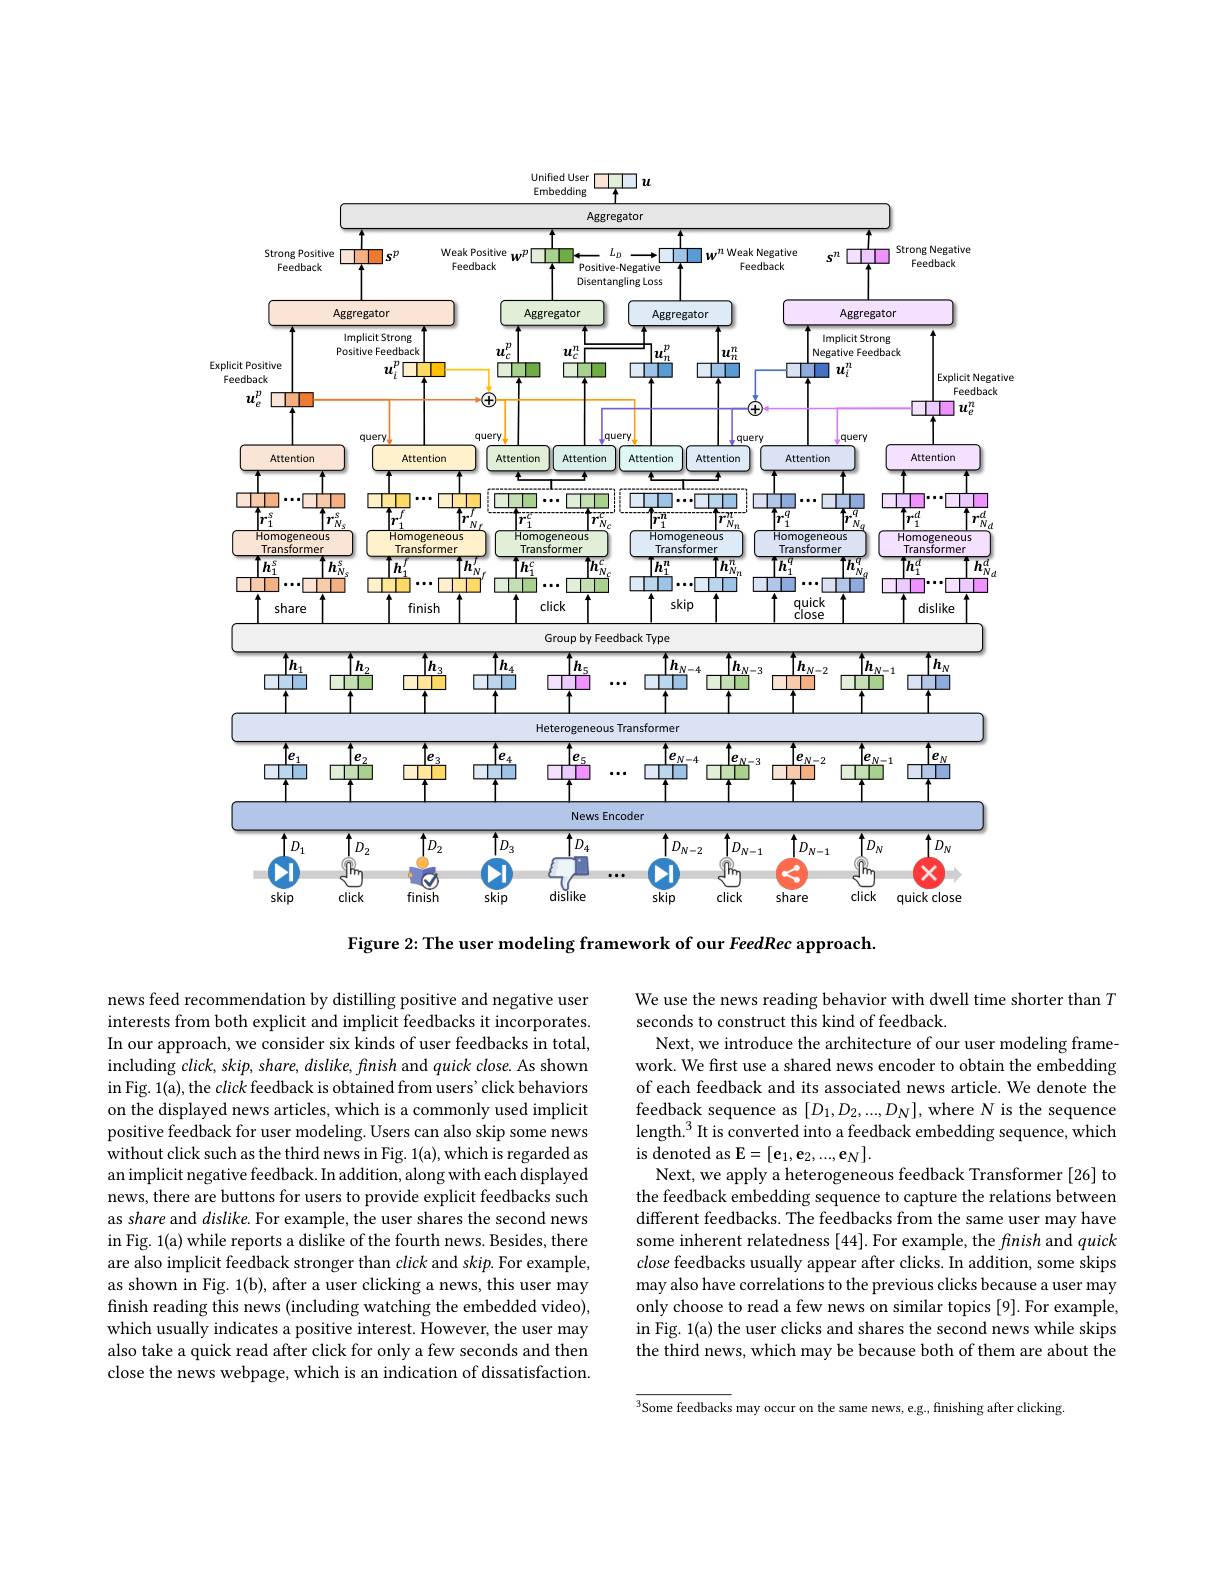
<FigureHere>

Figure 2: The user modeling framework of our FeedRec approach.

We use the news reading behavior with dwell time shorter than $T$
seconds to construct this kind of feedback.
Next, we introduce the architecture of our user modeling framework. We frst use a shared news encoder to obtain the embedding of each feedback and its associated news article. We denote the feedback sequence as $[D_1,D_2,...,D_N]$, where N is the sequence length.$^3$It is converted into a feedback embedding sequence, which ${\mathrm{is~denoted~as~E=[e_{1},e_{2},...,e_{N}].}}$
Next, we apply a heterogeneous feedback Transformer [26] to the feedback embedding sequence to capture the relations between different feedbacks. The feedbacks from the same user may have some inherent relatedness [44]. For example, the finish and quick close feedbacks usually appear after clicks. In addition, some skips may also have correlations to the previous clicks because a user may only choose to read a few news on similar topics [9]. For example, in Fig. 1(a) the user clicks and shares the second news while skips the third news, which may be because both of them are about the

news feed recommendation by distilling positive and negative user interests from both explicit and implicit feedbacks it incorporates. In our approach, we consider six kinds of user feedbacks in total, including $click$, skip, share, dislike, finish and quick close. As shown in Fig. 1(a), the click feedback is obtained from users' click behaviors on the displayed news articles, which is a commonly used implicit positive feedback for user modeling. Users can also skip some news without click such as the third news in Fig. 1(a), which is regarded as an implicit negative feedback. In addition, along with each displayed news, there are buttons for users to provide explicit feedbacks such as share and dislike. For example, the user shares the second news in Fig. 1(a) while reports a dislike of the fourth news. Besides, there are also implicit feedback stronger than click and skip. For example, as shown in Fig. 1(b), after a user clicking a news, this user may finish reading this news (including watching the embedded video), which usually indicates a positive interest. However, the user may also take a quick read after click for only a few seconds and then close the news webpage, which is an indication of dissatisfaction.

$^{3}$Some feedbacks may occur on the same news, e.g., finishing after clicking